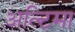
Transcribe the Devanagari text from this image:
अल्टिमा